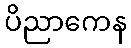
ပိညာကေန